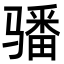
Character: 𩨏